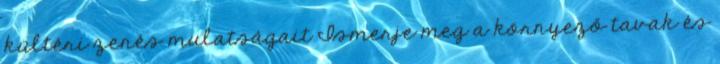
kültéri zenés mulatságait Ismerje meg a környező tavak és